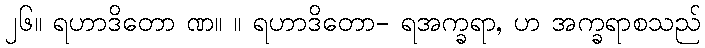
၂၆။ ရဟာဒိတော ဏ။ ။ ရဟာဒိတော- ရအက္ခရာ, ဟ အက္ခရာစသည်